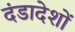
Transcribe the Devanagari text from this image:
दंडादेशों